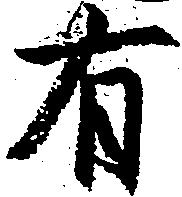
有